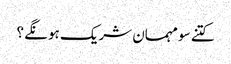
کتنے سو مہمان شریک ہونگے ؟